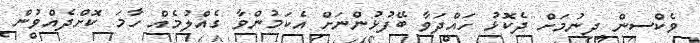
ވެކްސިން ދިނުމަށް ދެކޮޅު ހައްދަވާ ބޭފުޅުންނަށް އެކަމުންވާ ގެއްލުމެއް ހާމަ ކޮށްދެއްވުން